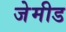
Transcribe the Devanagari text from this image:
जेमीड